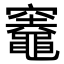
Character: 𥩋